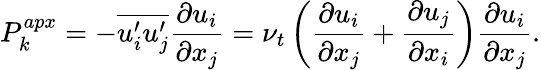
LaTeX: P_{k}^{apx}=-\overline{{u_{i}^{\prime}u_{j}^{\prime}}}\frac{\partial u_{i}}{\partial x_{j}}=\nu_{t}\left(\frac{\partial u_{i}}{\partial x_{j}}+\frac{\partial u_{j}}{\partial x_{i}}\right)\frac{\partial u_{i}}{\partial x_{j}}.